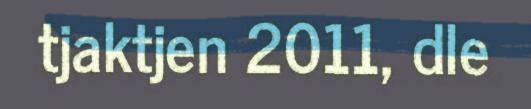
tjaktjen 2011, dle